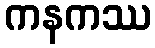
ကနကဿ